Tallinna_kinnistusamet, lk 10
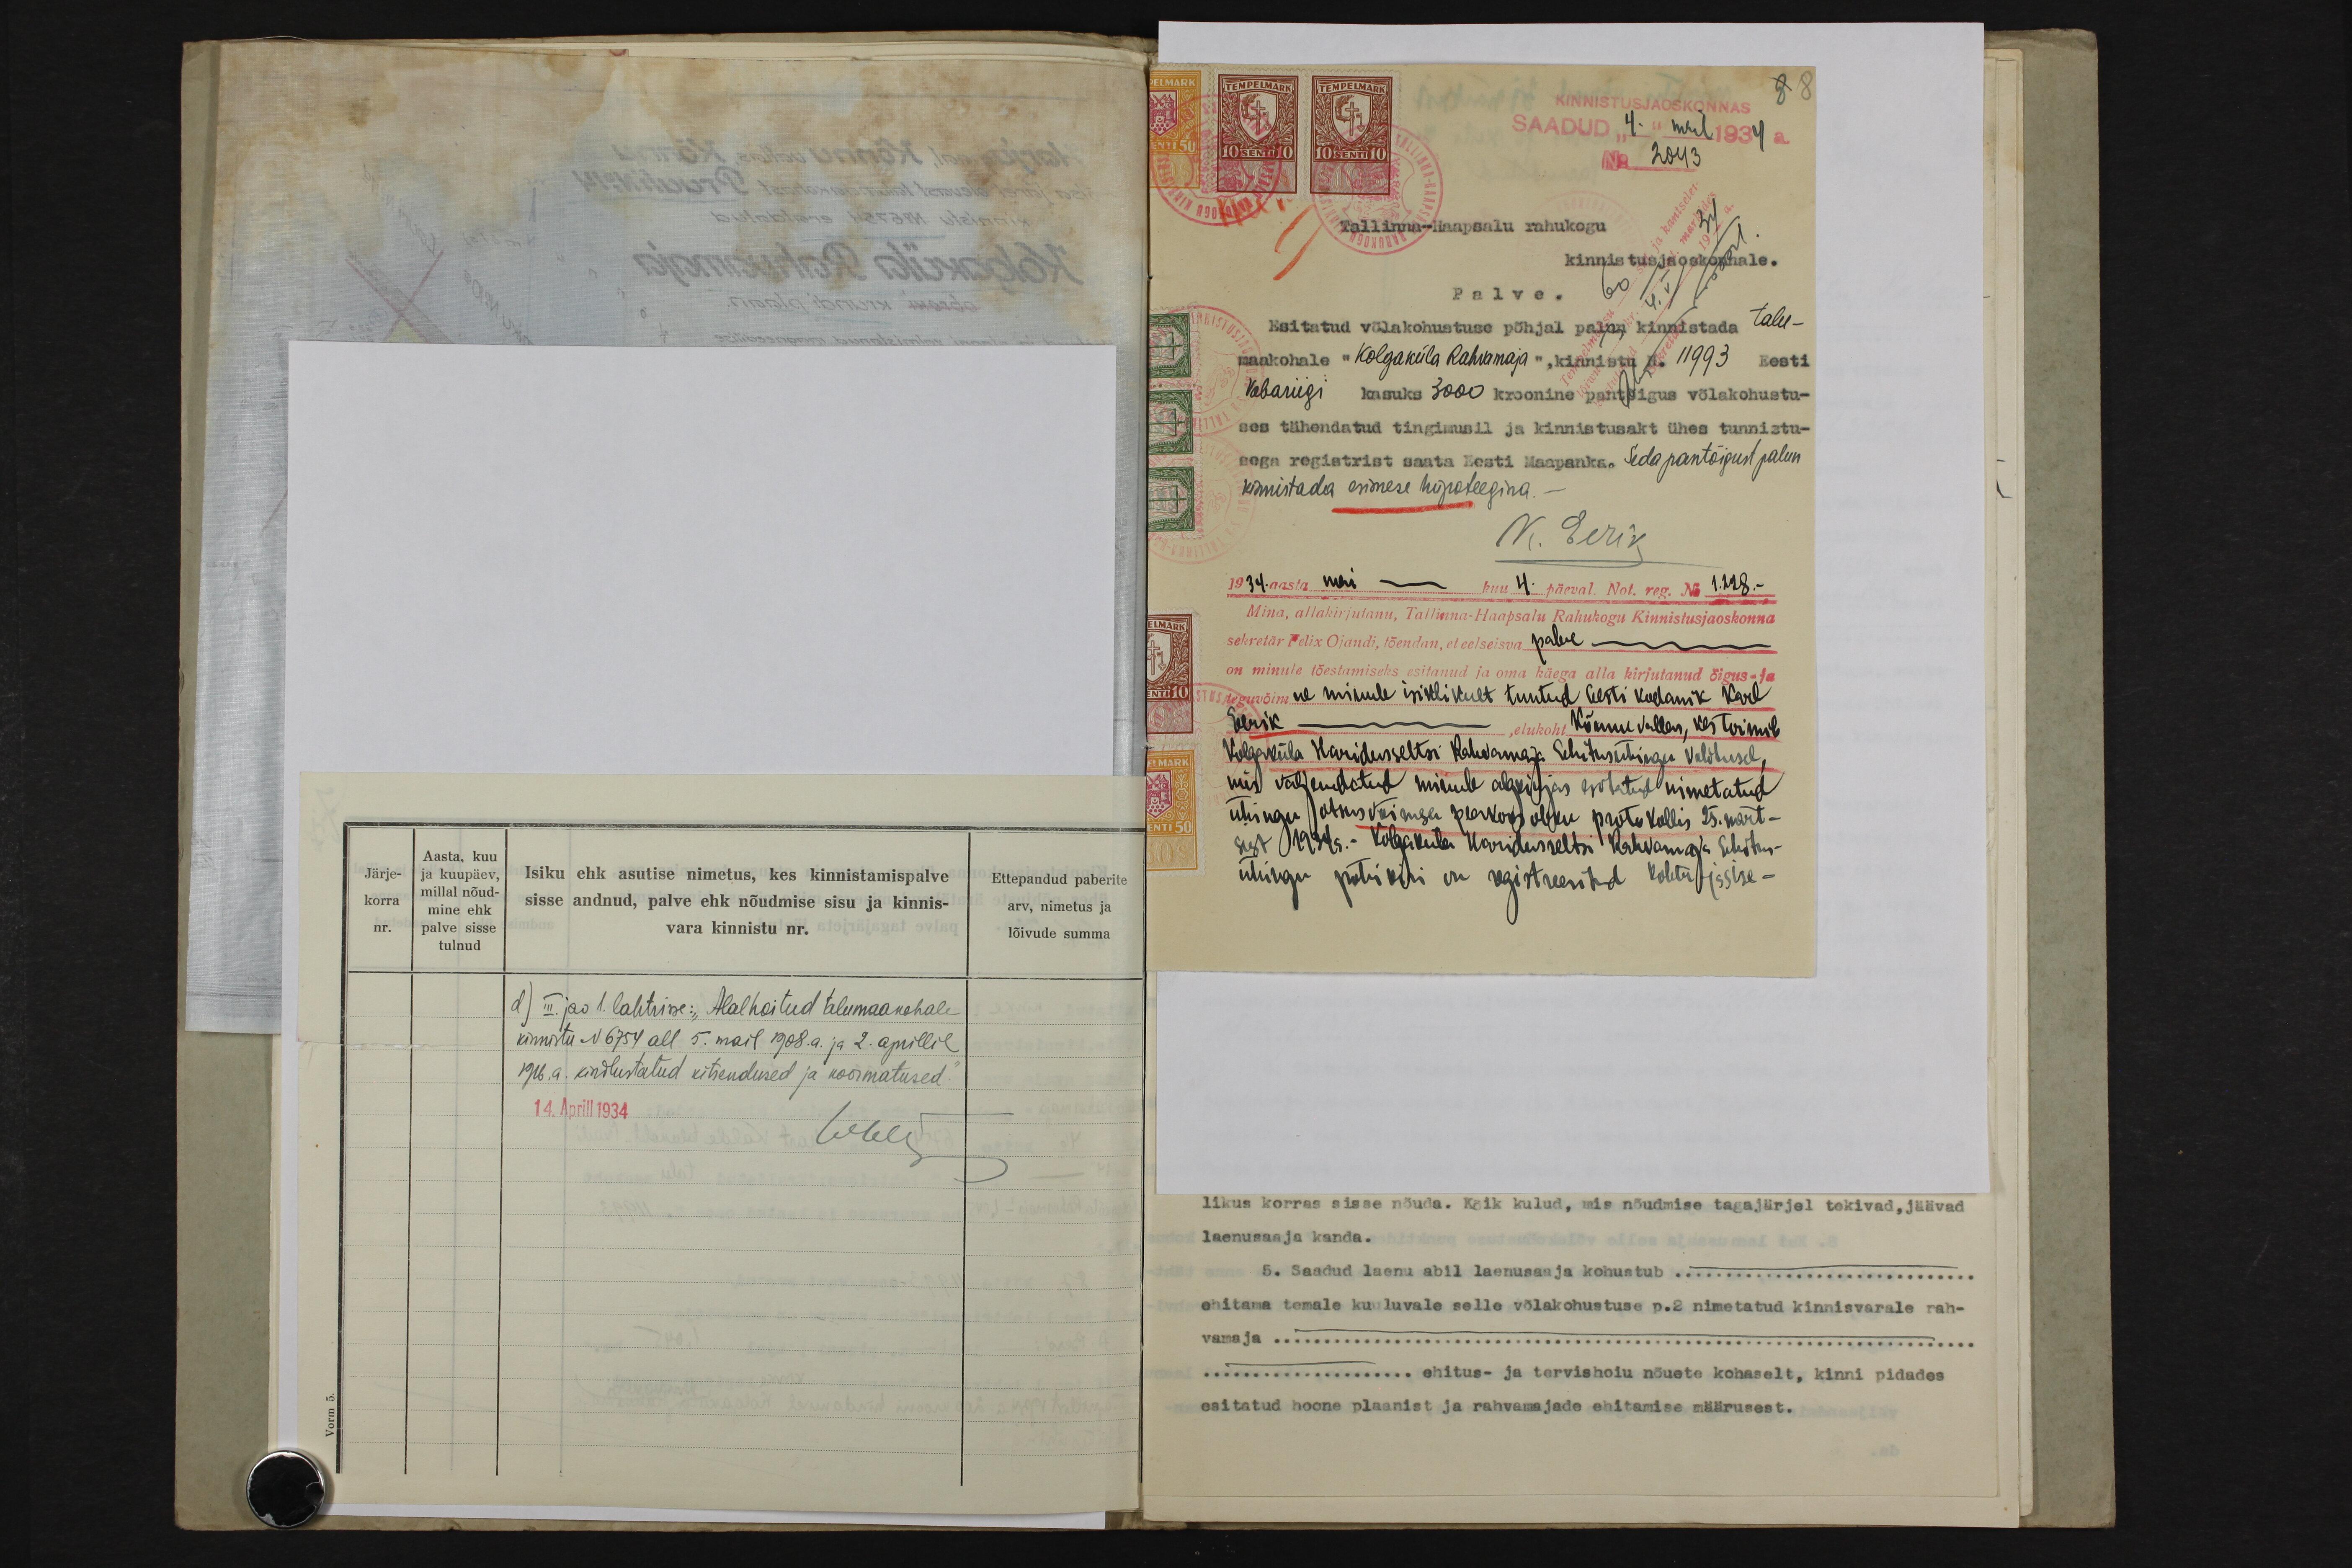
KINNISTUSJAOSKONNAS
SAADUD "4" mail 1934 a.
8

2043
Tallinna-Haapsalu rahukogu
kinnistusjaoskonnale.
Palve.
Esitatud võlakohustuse põhjal palun kinnistada talu-
maakohale "Kolgaküla Rahvamaja" kinnistu N. 11993 Eesti
Vabariigi kasuks 3000 kroonine pantõigus võlakohustu-
ses tähendatud tingimusil ja kinnistusakt ühes tunnistu-
sega registrist saata Eesti Maapanka. Seda pantõigust palun
kinnistada esimese hüpoteegina.
K. Eerik
1934. aasta mai -- kuu 4. päeval. Not. reg. No 1.228.-
Mina, allakirjutanu, Tallinna-Haapsalu Rahukogu Kinnistusjaoskonna
sekretär Felix Ojandi, tõendan, et eelseisva palve ---
on minule tõestamiseks esitanud ja oma käega alla kirjutanud õigus- ja
teguvõimne minule isiklikult tuntud Eesti kodanik Karl
Eerik --- elukoht Kõnnu vallas, kes toimib
Kolgaküla Haridusseltsi Rahvamaja Ehituseühingu volitusel,
mis väljendatud minule algkirjas esitatud nimetatud
ühingu otsusvõimsa peakoosoleku protokollis 25. märt-
sist 1934 a.- Kolgaküla Haridusseltsi Rahvamaja Ehitus-
ühingu põhikiri on registreeritud kohtu ja sise-

Järje-
korra
nr.
Aasta, kuu
ja kuupäev,
millal nõud-
mine ehk
palve sisse
tulnud
Isiku ehk asutise nimetus, kes kinnistamispalve
sisse andnud, palve ehk nõudmise sisu ja kinnis-
vara kinnistu nr.
Ettepandud paberite
arv, nimetus ja
lõivude summa
d) III. jao 1. lahtrisse: "Alalhoitud talumaakohale
kinnistu N 6754 all 5. mail 1908. a. ja 2. aprillil
1916. a. kindlustatud kitsendused ja koormatused."
14. Aprill 1934
Weli